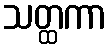
သတ္ထကာ